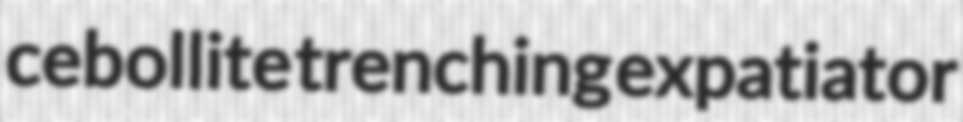
cebollite trenching expatiator